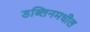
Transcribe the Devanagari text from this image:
डब्लिनमधील